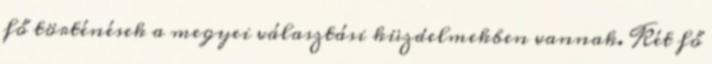
fő történések a megyei választási küzdelmekben vannak. Két fő